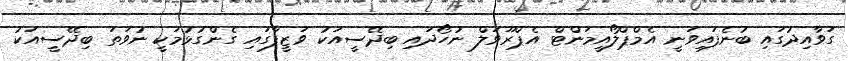
ގަވާއިދުގައި ބުނެފައިވަނީ އެމްޕްލޯއީމަންޓް އެޕްރޫވަލް ނުހޯދައި ބިދޭސީއަކު ވަޒީފާގައި ގެންގުޅުމަކީ ނުވަތަ ބިދޭސީއަކު